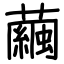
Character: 繭